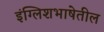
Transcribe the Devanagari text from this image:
इंग्लिशभाषेतील